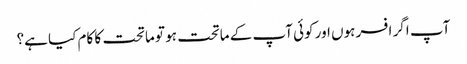
آپ اگر افسر ہوں اور کوئی آپ کے ماتحت ہو تو ماتحت کا کام کیا ہے؟